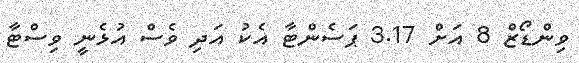
ވިންޑޯޒް 8 އަށް 3.17 ޕަސެންޓާ އެކު އަދި ވެސް އުޅެނީ ވިސްޓާ